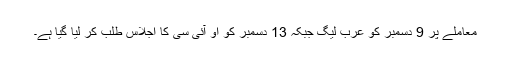
معاملے پر 9 دسمبر کو عرب لیگ جبکہ 13 دسمبر کو او آئی سی کا اجلاس طلب کر لیا گیا ہے۔